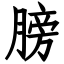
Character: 膀